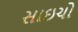
સાઇચો